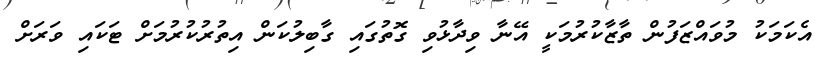
އެކަމަކު މުވައްޒަފުން ތާޒާކުރުމަކީ އޭނާ ވިދާޅުވި ގޮތުގައި ގާބިލުކަން އިތުރުކުރުމަށް ޓަކައި ވަަރަށް